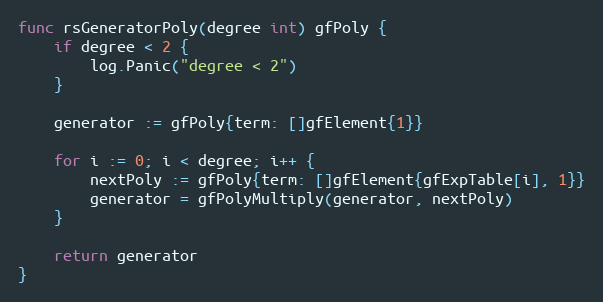
Language: Go
func rsGeneratorPoly(degree int) gfPoly {
	if degree < 2 {
		log.Panic("degree < 2")
	}

	generator := gfPoly{term: []gfElement{1}}

	for i := 0; i < degree; i++ {
		nextPoly := gfPoly{term: []gfElement{gfExpTable[i], 1}}
		generator = gfPolyMultiply(generator, nextPoly)
	}

	return generator
}